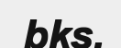
bks.